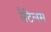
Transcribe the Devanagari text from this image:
सैंटेलम